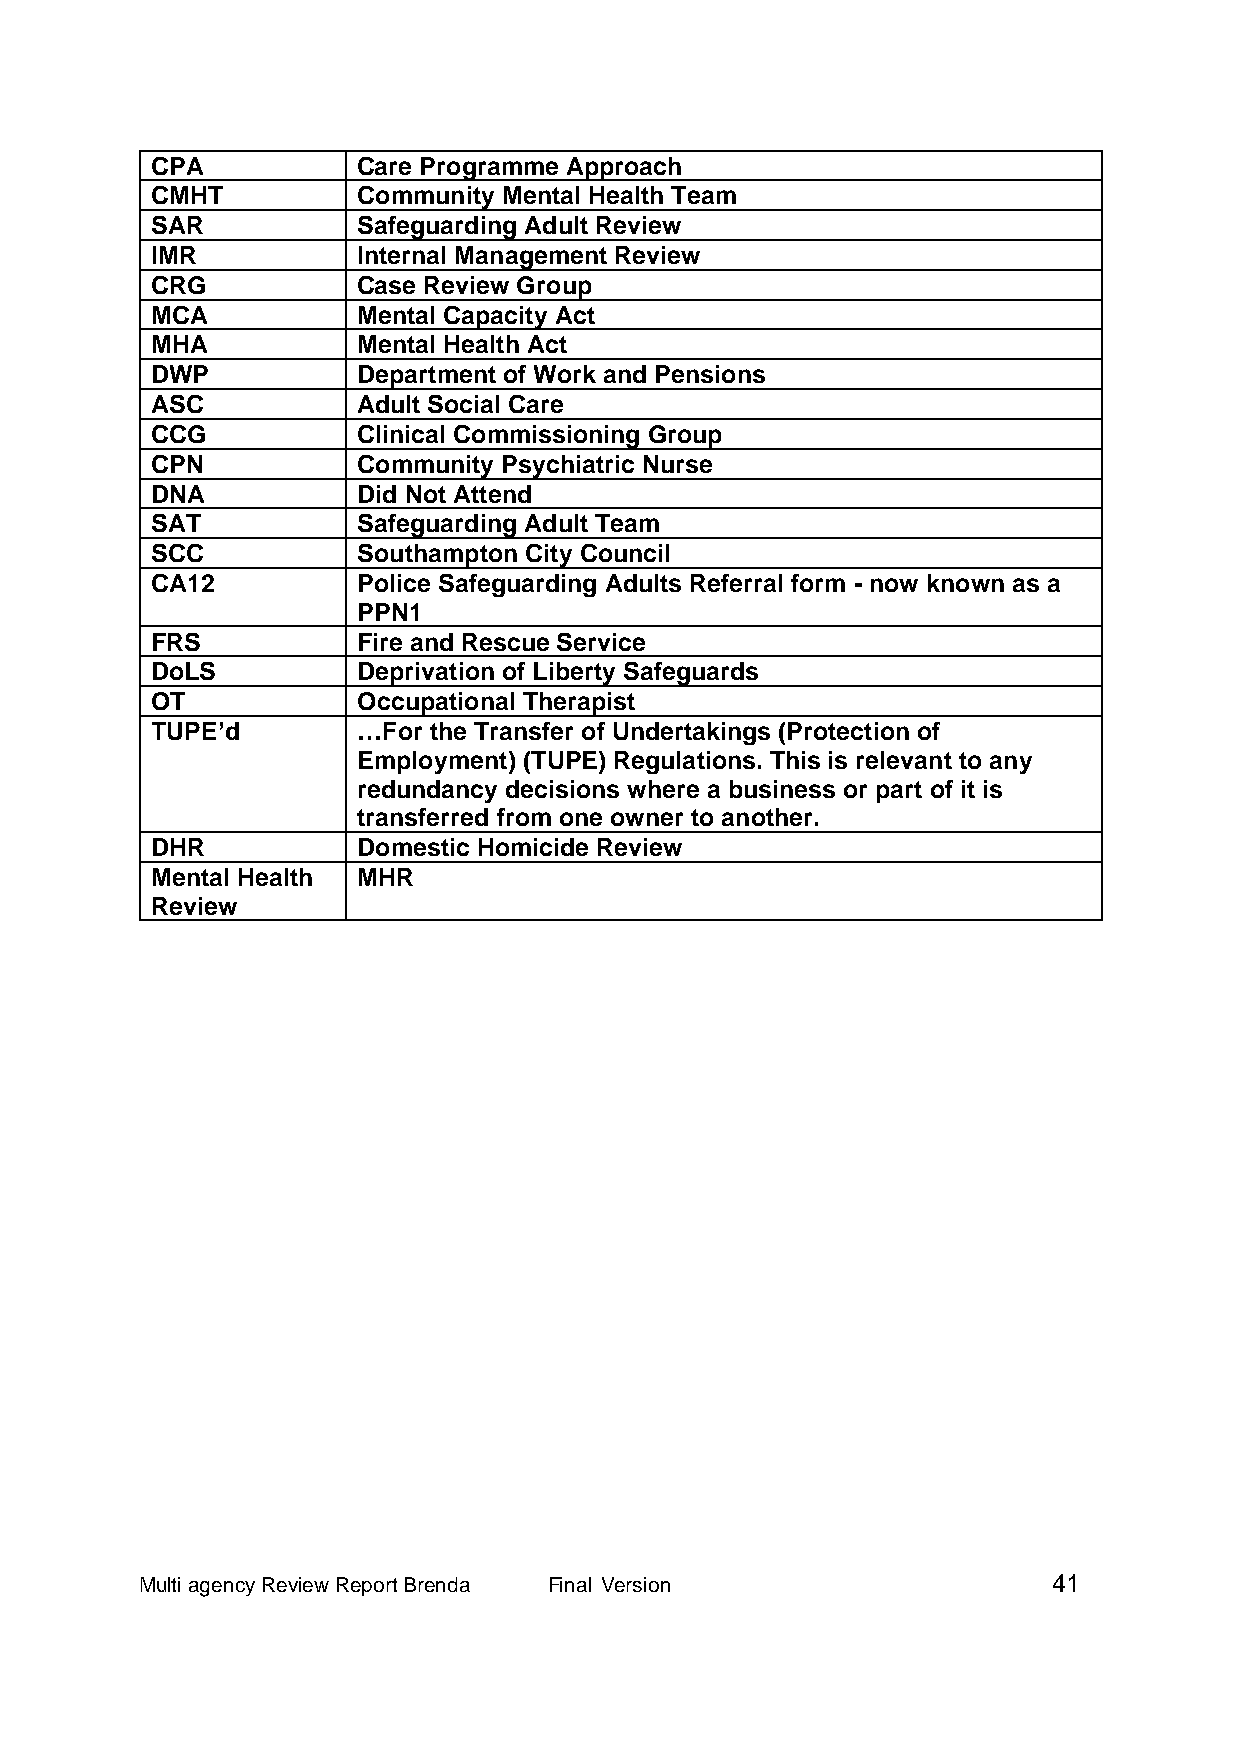
CPA           Care Programme Approach
 CMHT          Community Mental Health Team
 SAR           Safeguarding Adult Review
 IMR           Internal Management Review
 CRG           Case Review Group
 MCA           Mental Capacity Act
 MHA           Mental Health Act
 DWP           Department of Work and Pensions
 ASC           Adult Social Care
 CCG           Clinical Commissioning Group
 CPN           Community Psychiatric Nurse
 DNA           Did Not Attend
 SAT           Safeguarding Adult Team
 SCC           Southampton City Council
 CA12          Police Safeguarding Adults Referral form - now known as a
 PPN1
 FRS           Fire and Rescue Service
 DoLS          Deprivation of Liberty Safeguards
 OT            Occupational Therapist
 TUPE’d        …For the Transfer of Undertakings (Protection of
 Employment) (TUPE) Regulations. This is relevant to any
 redundancy decisions where a business or part of it is
 transferred from one owner to another.
 DHR           Domestic Homicide Review
 Mental Health MHR
 Review
 Multi agency Review Report Brenda Final Version              41